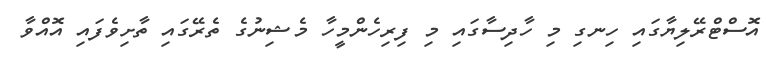
އޮސްޓްރޭލިޔާގައި ހިނގި މި ހާދިސާގައި މި ފިރިހެންމީހާ މެޝިނުގެ ތެރޭގައި ތާށިވެފައި އޮއްވާ